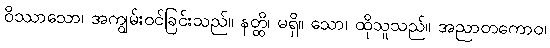
ဝိဿာသော၊ အကျွမ်းဝင်ခြင်းသည်။ နတ္ထိ၊ မရှိ။ သော၊ ထိုသူသည်။ အညာတကောဝ၊